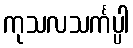
ကုသလသင်္ကပ္ပါ